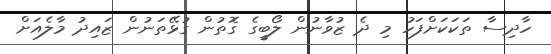
ހާދިސާ ތަކަކަށްފަހު މި ދެ ޒުވާނުން ލޯބީގެ ގޮތުން ގުޅޭތަނުން ޒައިދު މާލެއަށް